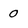
Character: 0